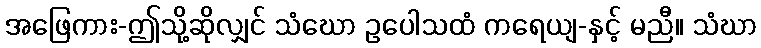
အဖြေကား-ဤသို့ဆိုလျှင် သံဃော ဥပေါသထံ ကရေယျ-နှင့် မညီ။ သံဃာ